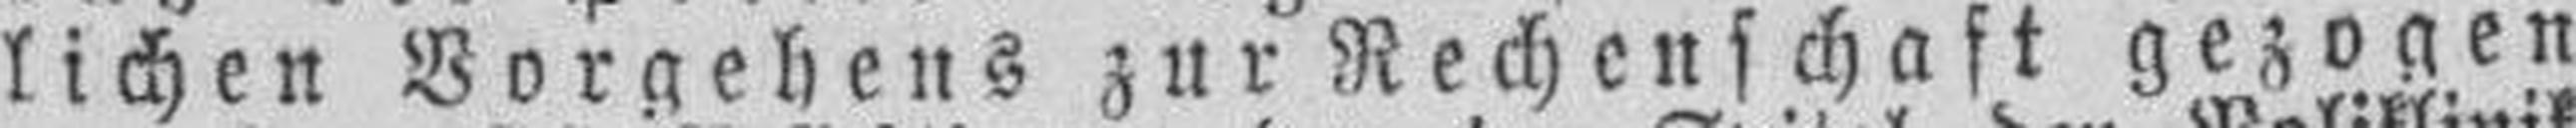
lichen Vorgehens zur Rechenschaft gezogen